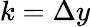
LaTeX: k=\Delta y